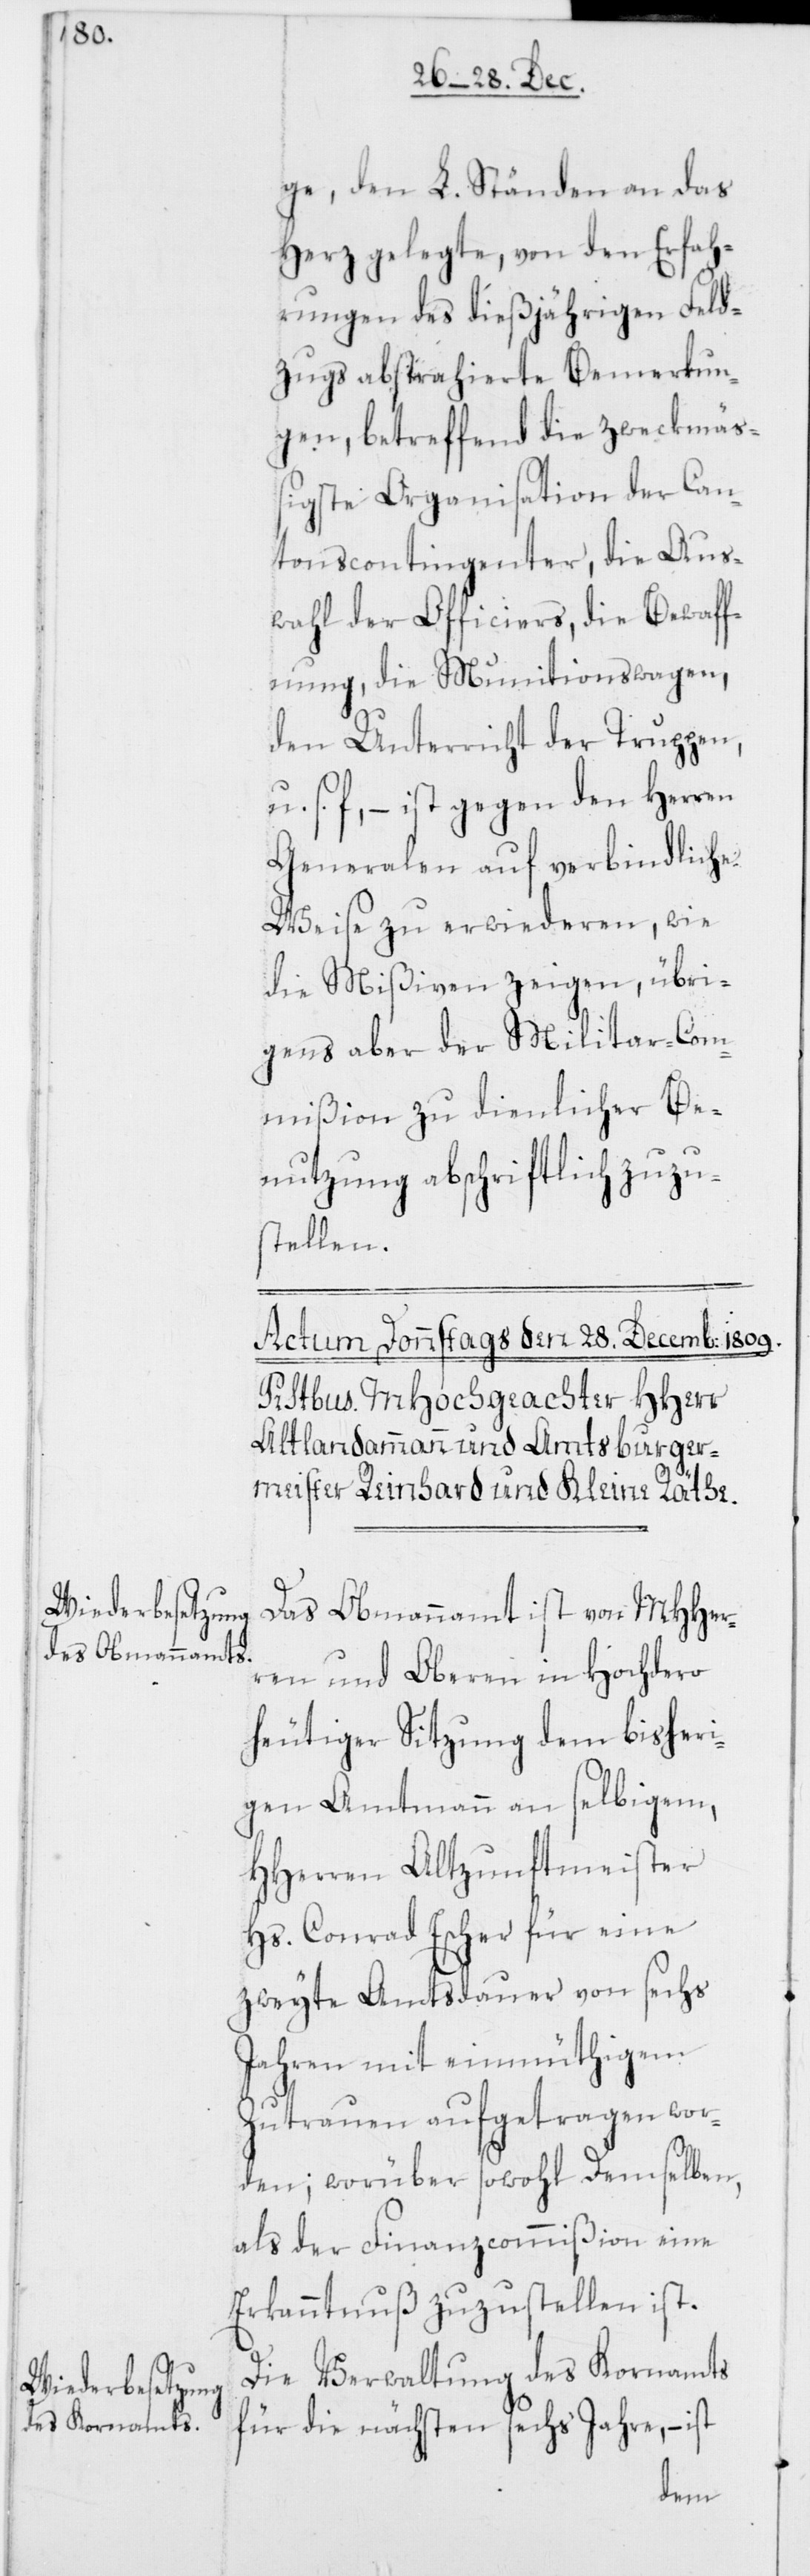
ge, den L. Ständen an das
Herz gelegte, von den Erfah¬
rungen des dießjährigen Feld¬
zugs abstrahierte Bemerkun¬
gen, betreffend die zweckmä¬
ßigste Organisation der Can¬
tonscontingenter, die Aus¬
wahl der Officiers, die Bewaff¬
nung, die Munitionswagen,
den Unterricht der Truppen,
s. f., – ist gegen den Herren
Generalen auf verbindliche
Weise zu erwiederen, wie
die Mißiven zeigen, übri¬
gens aber der Militar-Com¬
mißion zu dienlicher Be¬
nutzung abschriftlich zuzu¬
stellen.
Das Obmannamt ist von MHHer¬
ren und Oberen in Hochdero
heutiger Sitzung dem bisheri¬
gen Amtmann an selbigem,
HHerren Altzunftmeister
Hs. Conrad Escher für eine
zweyte Amtsdauer von sechs
Jahren mit einmüthigem
Zutrauen aufgetragen wor¬
den; worüber sowohl Demselben,
als der Finanzcommißion eine
Erkanntnuß zuzustellen ist.
Die Verwaltung des Kornamts
für die nächsten sechs Jahre, – ist